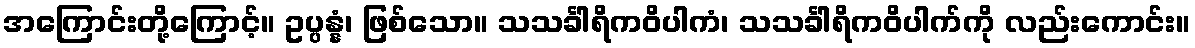
အကြောင်းတို့ကြောင့်။ ဥပ္ပန္နံ၊ ဖြစ်သော။ သသင်္ခါရိကဝိပါကံ၊ သသင်္ခါရိကဝိပါက်ကို လည်းကောင်း။